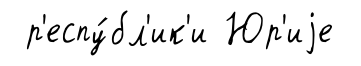
р'еспу́бл'ик'и Юр'иjе